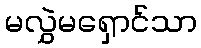
မလွှဲမရှောင်သာ